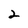
Character: 2